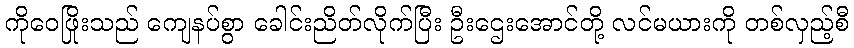
ကိုဝေဖြိုးသည် ကျေနပ်စွာ ခေါင်းညိတ်လိုက်ပြီး ဦးဌေးအောင်တို့ လင်မယားကို တစ်လှည့်စီ